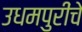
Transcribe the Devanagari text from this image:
उधमपुरींचे